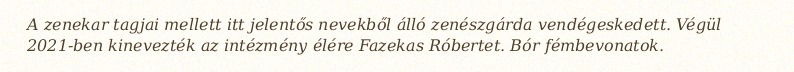
A zenekar tagjai mellett itt jelentős nevekből álló zenészgárda vendégeskedett. Végül 2021-ben kinevezték az intézmény élére Fazekas Róbertet. Bór fémbevonatok.